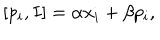
\hspace { + 5 e m } [ p _ { i } , I ] = \alpha x _ { i } + \beta p _ { i } ,